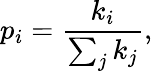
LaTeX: p_{i}={\frac{k_{i}}{\sum_{j}k_{j}}},